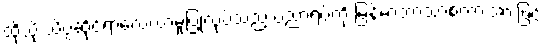
ထိုသို့ သိပ္ပံဆိုင်ရာလေ့လာမှုပြုလုပ်သည့် ပညာရပ်ကို မြန်မာဘာသာစကားအားဖြင့်